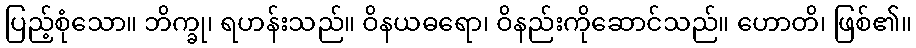
ပြည့်စုံသော။ ဘိက္ခု၊ ရဟန်းသည်။ ဝိနယဓရော၊ ဝိနည်းကိုဆောင်သည်။ ဟောတိ၊ ဖြစ်၏။